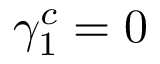
\gamma _ { 1 } ^ { c } = 0